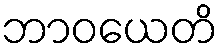
ဘာဝယေတိ